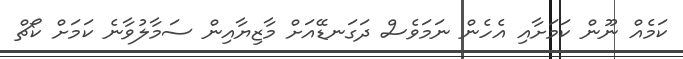
ކަމެއް ނޫން ކަމަށާއި އެހެން ނަމަވެސް ދަގަނޑޭއަށް މާޒިޔާއިން ސަމާލުވާނެ ކަމަށް ކޯޗް